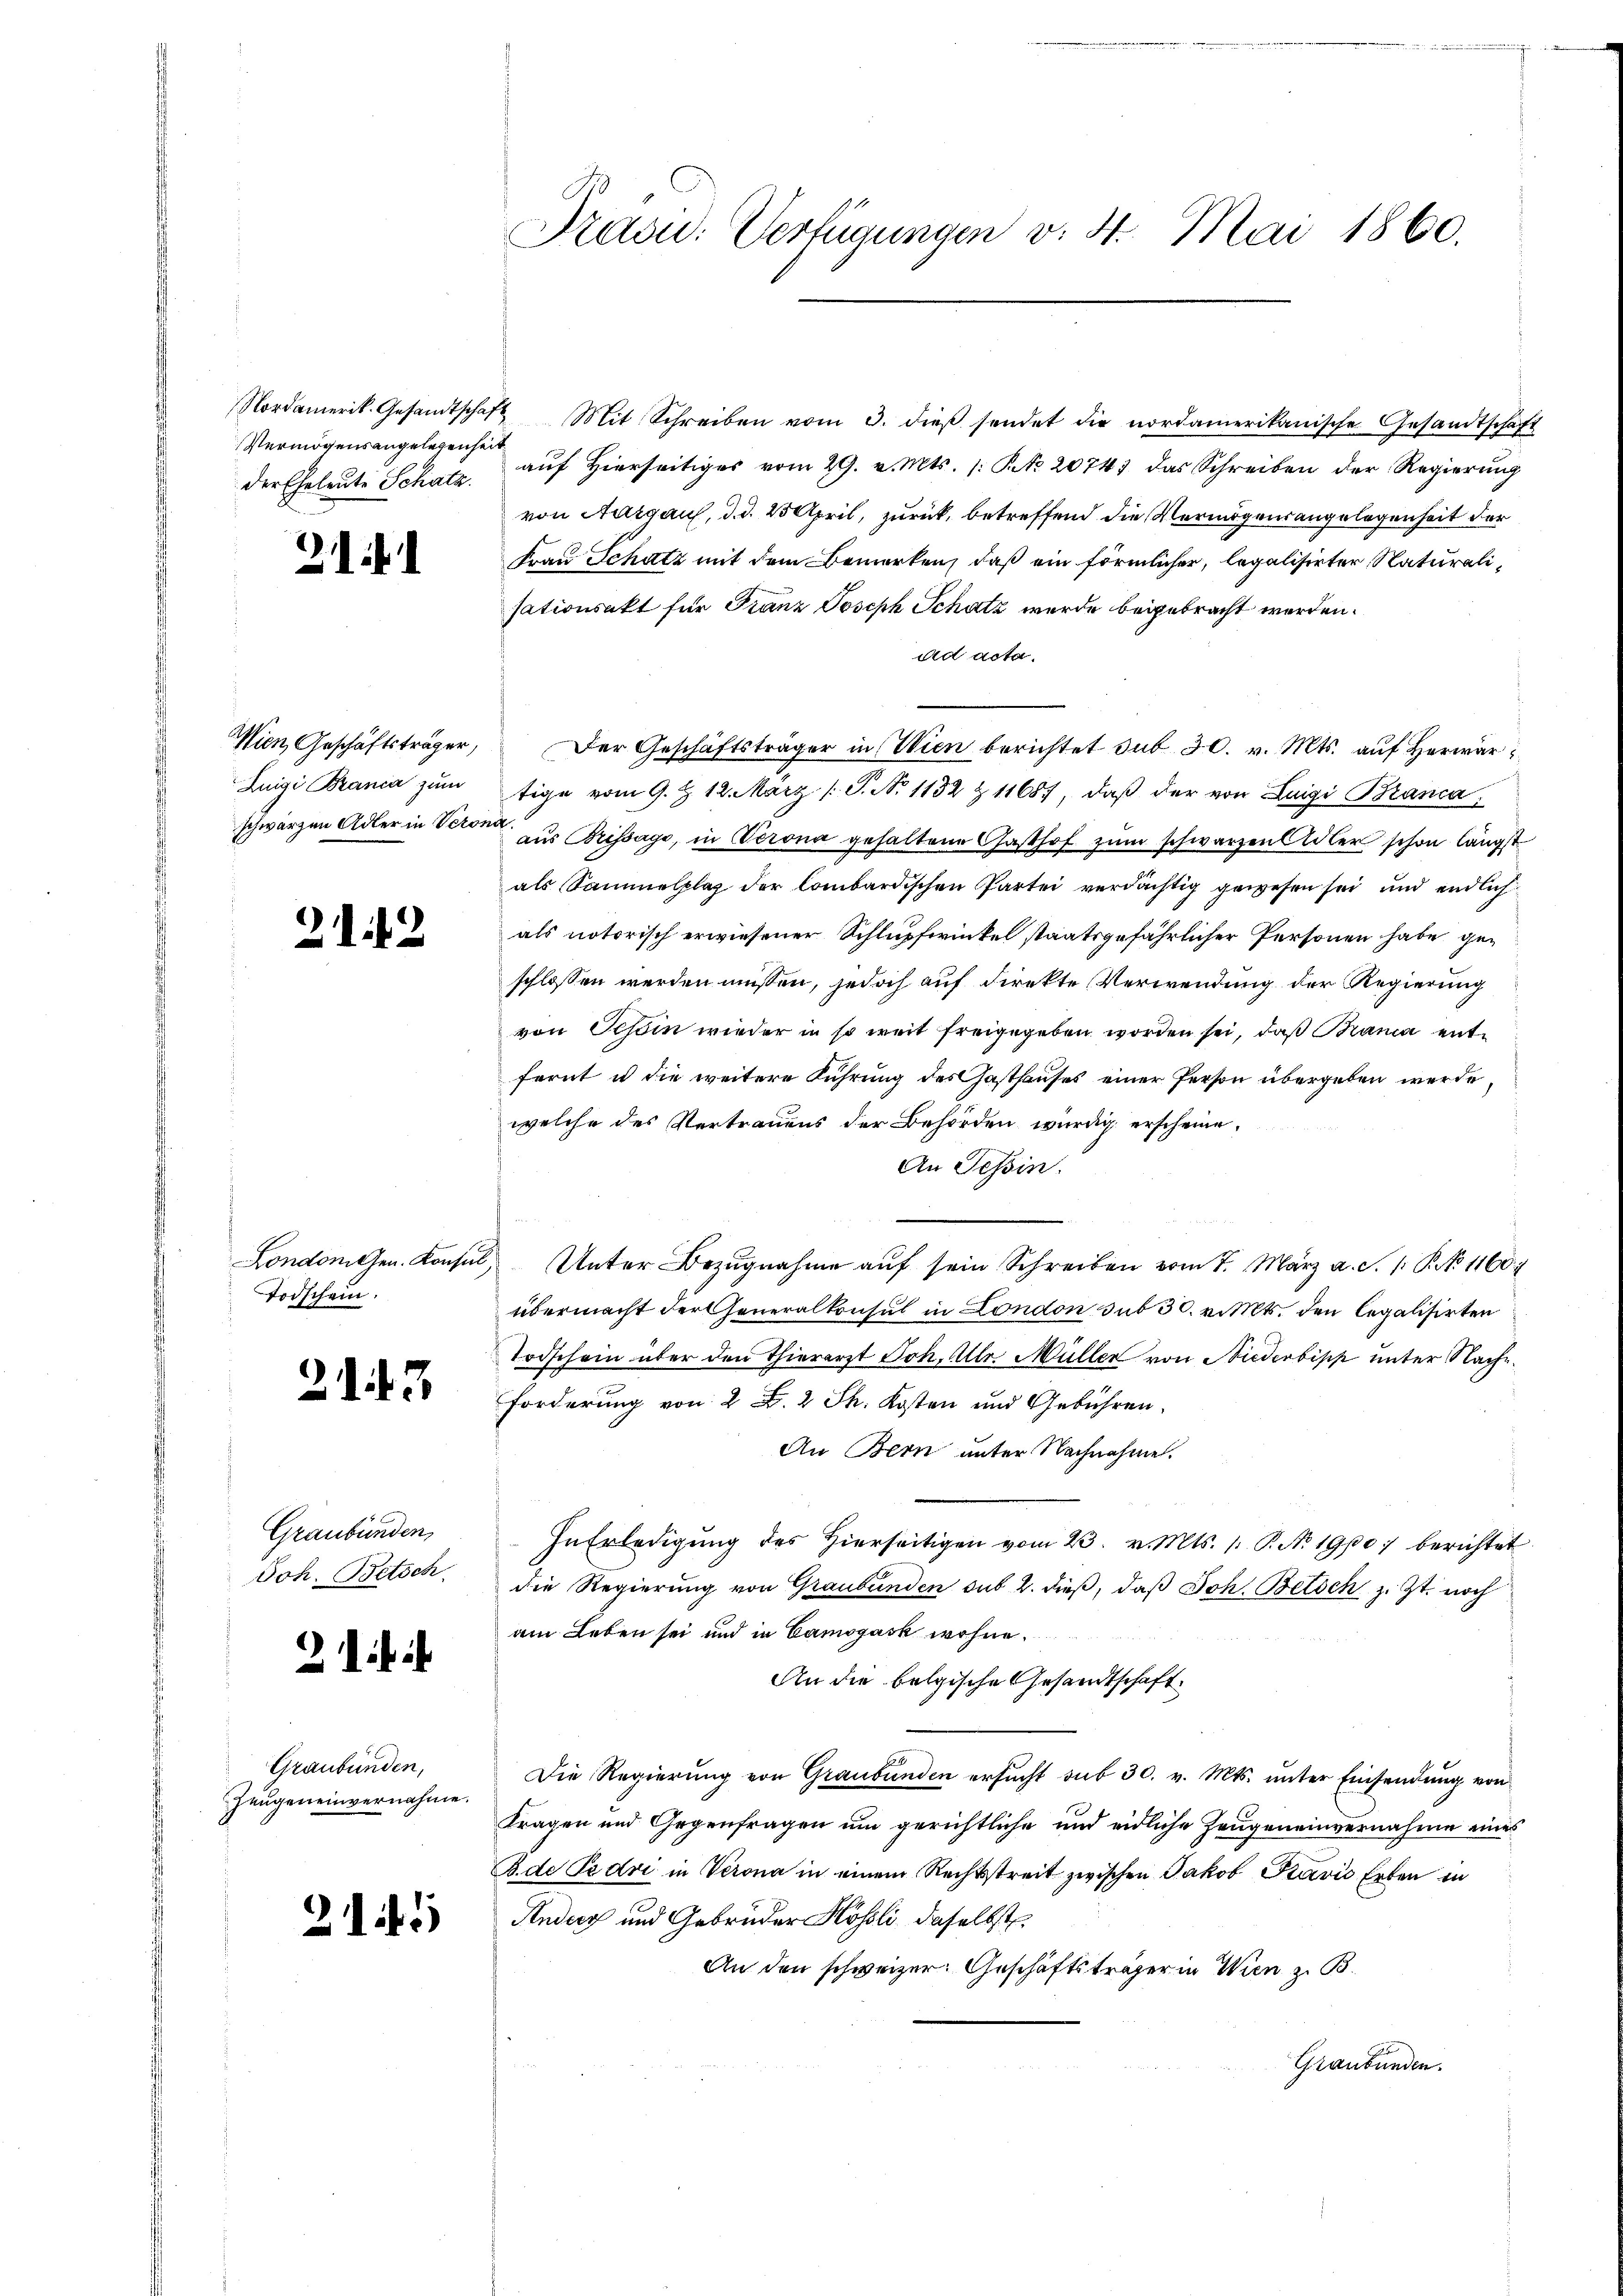
Vermögensangelegenheit
der Eheleute Schatz.

2

.

Wien, Geschäftsträger,
Luigi Brania zum
schwarzen Adler in Verona

2112

Todschein.

21 f. 3

Graubünden,
Joh. Betsch

2

Graubünden,
Zeugeneinvernahme.

215

Präsid. Verfügungen v. 4. Mai 1860.

Nordamerik. Gesamtschaft Mit Schreiben vom 3. dieβ sendet die nordamerikanische Gesandtschaft
auf Hierseitiges vom 29. v. Mts. /: No 20741 das Schreiben der Regierung
von Aargaus, d. d. 23 April, zurück, betreffend die Vermögensangelegenheit der
Frau Schatz mit dem Bemerken, daß ein förmlicher, legalisirter Naturalisationsakt für Franz Joseph Schatz wurde beigebracht werden.
ad acta.
Der Geschäftsträger in Wien berichtet sub 30. v. Mts. auf Herwärtige vom 9. Z. 12. März [T. N. 1132 & 11687, daβ der von Luigi Branca
aus Brissage, in Verona gehaltene Gasthof zŭm schwarzen Adler schon längst
als Sammelplaz der Combardischen Partei verdächtig gewesen sei und endlich
als notorisch erwiesener Schlupfwinkel staatsgefährlicher Personen habe geschlossen werden müssen, jedoch auf direkte Verwendung der Regierung
von Tessin wieder in so weit freigegeben worden sei, daß Brania entfernt u die weitere Führung des Gasthauses einer Person übergeben werde,
welche des Vertrauens der Behörden würdig erscheine,
An Tessin.
London hrn. Konsul Unter Bezŭgnahme aŭf sein Schreiben vom 7. März a. S. /: P. 1160
übermacht der Generalkonsul in London sub 30. v. Mts. den legalisirten
Todschein über den Thierarzt Joh. Alle Müller von Niederbisch unter Nache
Forderung von 2 S. 2 Ph. Kosten und Gebühren.
An Bern unter Nachnahme.
In Erledigŭng des hierseitigen vom 23. v. Mts. 1. P. No 1900 berichtet
die Regierung von Graubünden sub 2. dieβ, daβ Joh. Betsch z. Zt. noch
am Leben sei und in Canogask wohne.
An die belgische Gesandtschaft
Die Regierŭng von Graubünden ersŭcht sub 30. v. Mts. ŭnter Einsendŭng von
tragen und Gegenfragen um gerichtliche und eidliche Zeugeneinvernahme eines
B.de Pedvi in Verona in einem Rechtsstreit zwischen Jakob Klavis Erben in
Ander und Gebrüder Hösli daselbst
An den schweizer. Geschäftsträger in Wien z. B.
Graubünden.